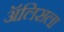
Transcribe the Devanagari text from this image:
ॲलिसला